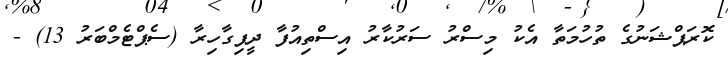
ކޮރަޕްޝަނުގެ ތުހުމަތާ އެކު މިސްރު ސަރުކާރު އިސްތިއުފާ ދީފިގާހިރާ (ސެޕްޓެމްބަރު 13) -